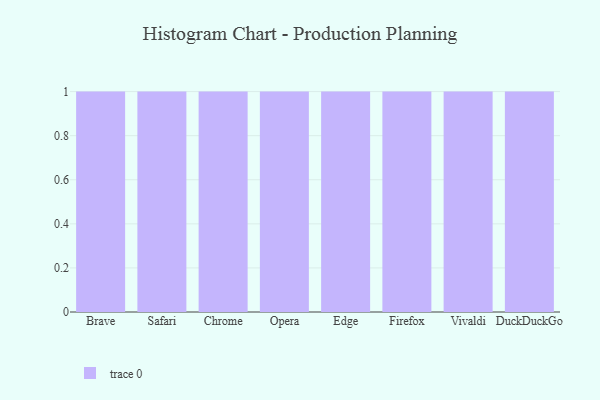
{"axis": {"x": "Browser", "y": "Market Share (%)"}, "legend": [""], "data": [{"x": "Brave", "y": 1, "type": ""}, {"x": "Safari", "y": 85, "type": ""}, {"x": "Chrome", "y": 90, "type": ""}, {"x": "Opera", "y": 67, "type": ""}, {"x": "Edge", "y": 34, "type": ""}, {"x": "Firefox", "y": 41, "type": ""}, {"x": "Vivaldi", "y": 93, "type": ""}, {"x": "DuckDuckGo", "y": 70, "type": ""}]}